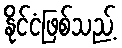
နိုင်ငံဖြစ်သည့်